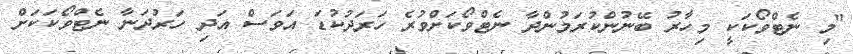
"މި ނެޓްވޯކަކީ މިހާރު ބޭނުންކުރަމުންދާ ނެޓްވޯކަށްވުރެ ހަރަދުކުޑަ އަވަސް އަދި ހަރުދަނާ ނެޓްވޯކަކަށް